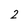
Character: 2